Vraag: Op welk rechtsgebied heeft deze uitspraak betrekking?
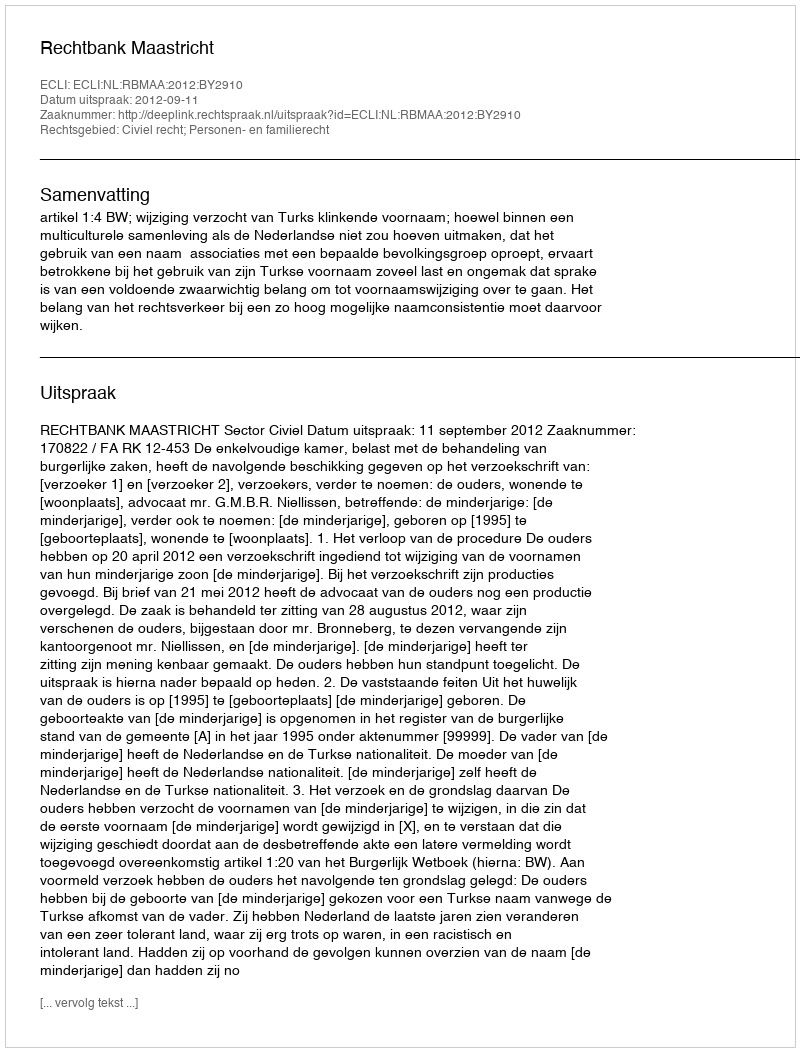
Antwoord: Civiel recht; Personen- en familierecht